Lunatic asylums Bombay report 1878-1890 - 1878-1890
Year: 1878
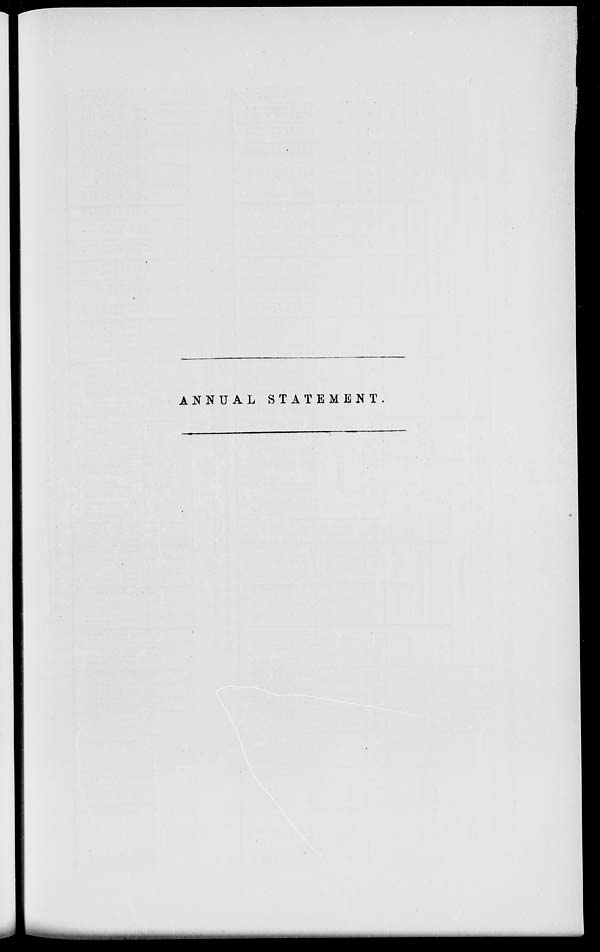
ANNUAL
STATEMENT.